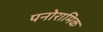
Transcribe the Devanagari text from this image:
पनोरामिक